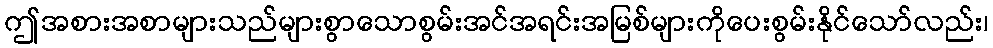
ဤအစားအစာများသည်များစွာသောစွမ်းအင်အရင်းအမြစ်များကိုပေးစွမ်းနိုင်သော်လည်း၊